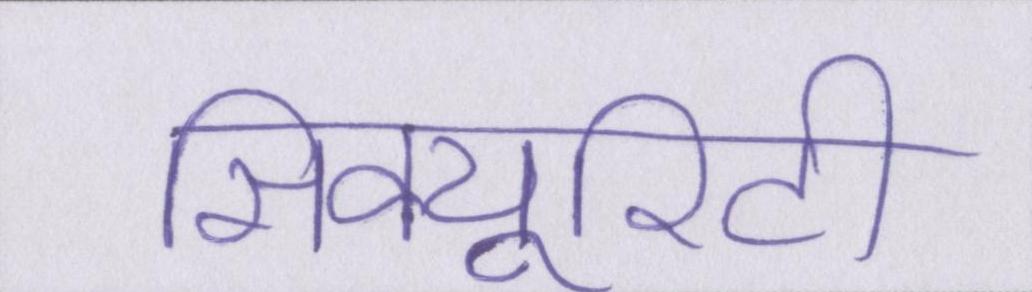
सिक्यूरिटी